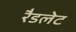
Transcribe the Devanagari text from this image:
रैडलेट